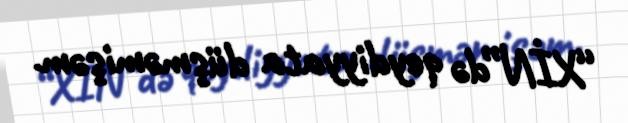
“XİN”də qeydiyyata düşməmişəm.